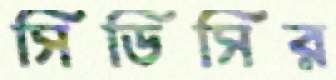
সিডিসির